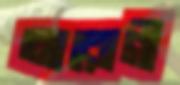
আরোগী